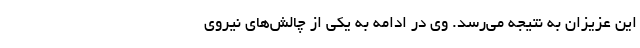
این عزیزان به نتیجه می‌رسد. وی در ادامه به یکی از چالش‌های نیروی